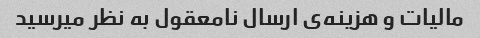
مالیات و هزینه‌ی ارسال نامعقول به نظر میرسید